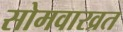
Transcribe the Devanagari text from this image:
सोमवारव्रत